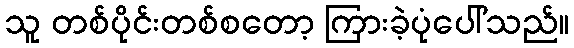
သူ တစ်ပိုင်းတစ်စတော့ ကြားခဲ့ပုံပေါ်သည်။